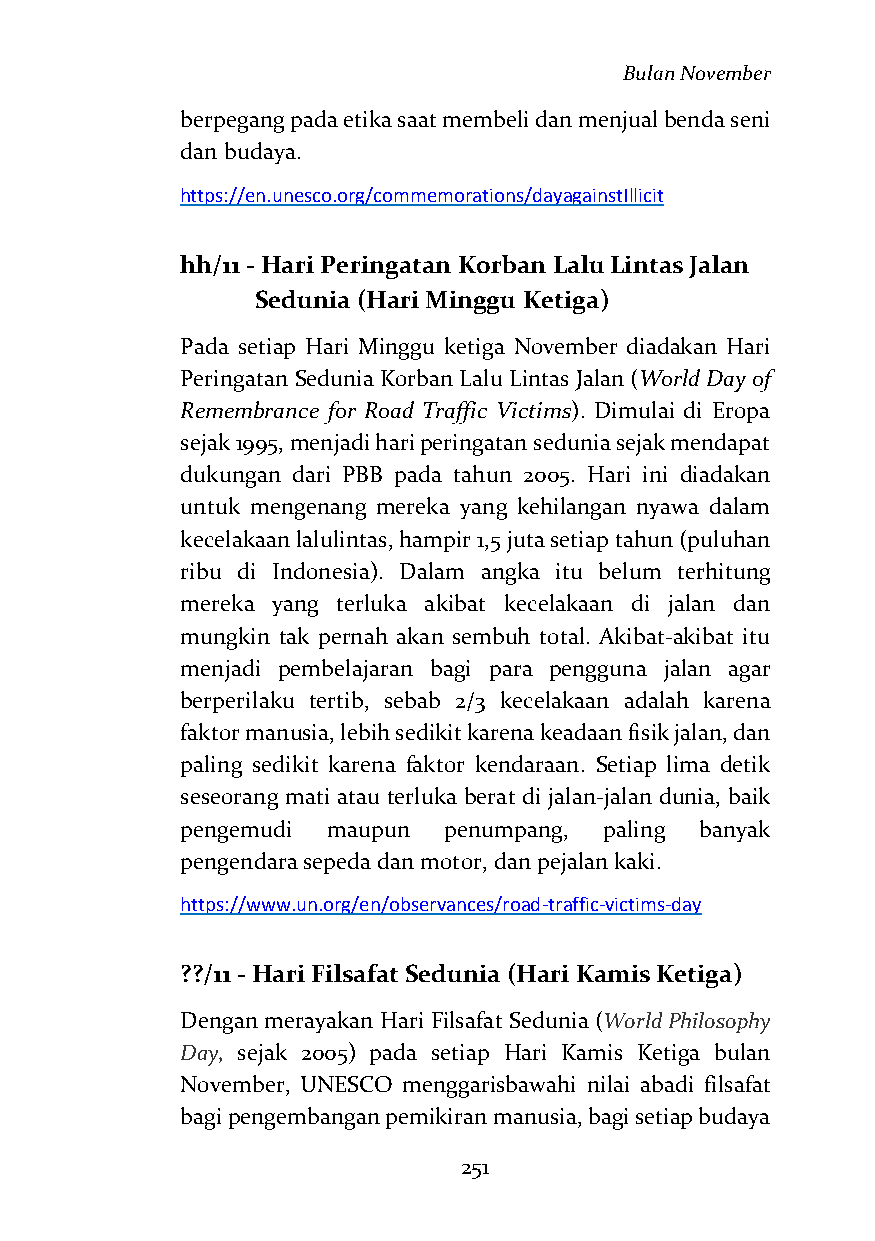
Bulan November
 berpegang pada etika saat membeli dan menjual benda seni
 dan budaya.
 https://en.unesco.org/commemorations/dayagainstIllicit
 hh/11 - Hari Peringatan Korban Lalu Lintas Jalan
 Sedunia (Hari Minggu Ketiga)
 Pada setiap Hari Minggu ketiga November diadakan Hari
 Peringatan Sedunia Korban Lalu Lintas Jalan (World Day of
 Remembrance for Road Traffic Victims). Dimulai di Eropa
 sejak 1995, menjadi hari peringatan sedunia sejak mendapat
 dukungan dari PBB pada tahun 2005. Hari ini diadakan
 untuk mengenang mereka yang kehilangan nyawa dalam
 kecelakaan lalulintas, hampir 1,5 juta setiap tahun (puluhan
 ribu di Indonesia). Dalam angka itu belum terhitung
 mereka yang terluka akibat kecelakaan di jalan dan
 mungkin tak pernah akan sembuh total. Akibat-akibat itu
 menjadi pembelajaran bagi para pengguna jalan agar
 berperilaku tertib, sebab 2/3 kecelakaan adalah karena
 faktor manusia, lebih sedikit karena keadaan fisik jalan, dan
 paling sedikit karena faktor kendaraan. Setiap lima detik
 seseorang mati atau terluka berat di jalan-jalan dunia, baik
 pengemudi maupun penumpang, paling banyak
 pengendara sepeda dan motor, dan pejalan kaki.
 https://www.un.org/en/observances/road-traffic-victims-day
 ??/11 - Hari Filsafat Sedunia (Hari Kamis Ketiga)
 Dengan merayakan Hari Filsafat Sedunia (World Philosophy
 Day, sejak 2005) pada setiap Hari Kamis Ketiga bulan
 November, UNESCO menggarisbawahi nilai abadi filsafat
 bagi pengembangan pemikiran manusia, bagi setiap budaya
 251